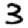
Digit: 3